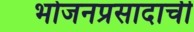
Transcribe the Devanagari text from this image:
भोजनप्रसादाची